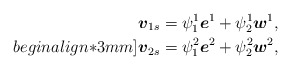
\begin{align*}\mbox{\mathversion{bold}$v$}_{1s}=\psi^{1}_{1}\mbox{\mathversion{bold}$e$}^{1}+\psi^{1}_{2}\mbox{\mathversion{bold}$w$}^{1}, \\begin{align*}3mm]\mbox{\mathversion{bold}$v$}_{2s}=\psi^{2}_{1}\mbox{\mathversion{bold}$e$}^{2}+\psi^{2}_{2}\mbox{\mathversion{bold}$w$}^{2}, \end{align*}